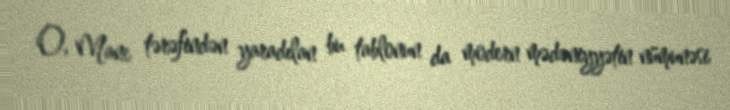
O, Mane tərəfindən yaradılan bu tablonun da modern mədəniyyətin nümunəsi